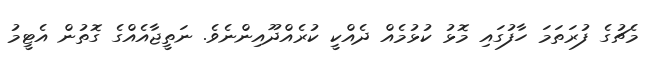
މެޗުގެ ފުރަތަމަ ހާފުގައި މޮޅު ކުޅުމެއް ދެއްކީ ކުރެއްދޫއިންނެވެ. ނަތީޖާއެއްގެ ގޮތުން އެޓީމު